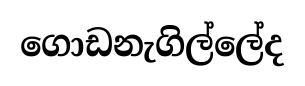
ගොඩනැගිල්ලේද